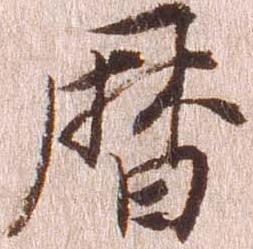
暦